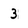
Character: 3